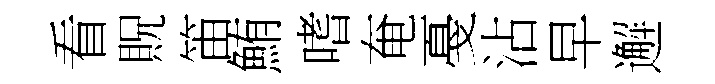
看貺笛鮪嗜奄戞沾早邂